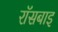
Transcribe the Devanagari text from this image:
रॉसबाइ